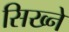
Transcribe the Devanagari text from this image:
सिख्ने